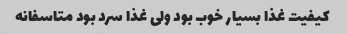
کیفیت غذا بسیار خوب بود ولی غذا سرد بود متاسفانه